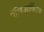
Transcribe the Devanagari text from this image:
पॅलिआर्किटक